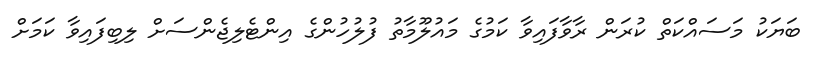
ބަޔަކު މަސައްކަތް ކުރަން ރާވާފައިވާ ކަމުގެ މައުލޫމާތު ފުލުހުންގެ އިންޓެލިޖެންސަށް ލިބިފައިވާ ކަމަށް